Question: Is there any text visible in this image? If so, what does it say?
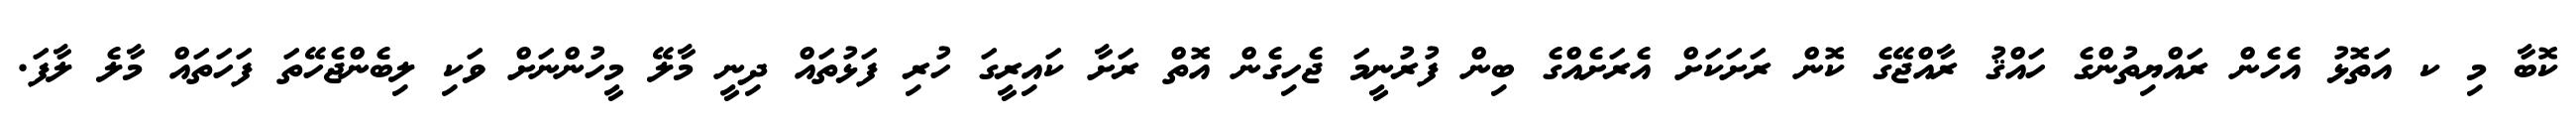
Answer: ކޮބާ މި ކ އަތޮޅު އެހެން ރައްޔިތުންގެ ހައްޤު ރާއްޖޭގެ ކޮން ރަށަކަށް އެރަށެއްގެ ބިން ފުރުނީމަ ޖެހިގެން އޮތް ރަށާ ކައިރީގަ ހުރި ފަޅުތައް ދިނީ މާލޭ މީހުންނަށް ވަކި ލިބެންޖެހޭތަ ފަހަތައް މާލެ ލާފަ.